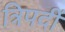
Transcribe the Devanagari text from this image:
त्रिपदीं